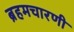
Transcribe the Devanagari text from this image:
ब्रहमचारणी